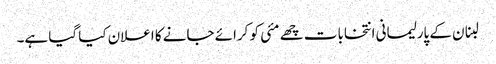
لبنان کے پارلیمانی انتخابات چھے مئی کو کرائے جانے کا اعلان کیا گیا ہے۔